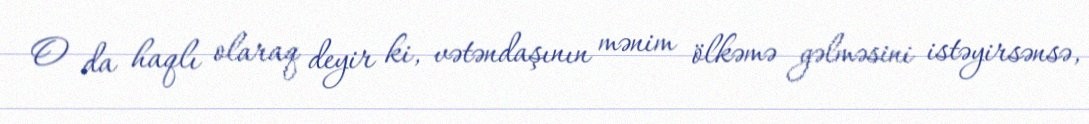
O da haqlı olaraq deyir ki, vətəndaşının mənim ölkəmə gəlməsini istəyirsənsə,